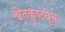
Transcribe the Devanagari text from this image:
श्वेतकुष्ठयुक्त